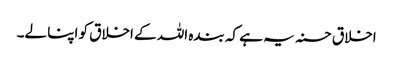
اخلاق حسنہ یہ ہے کہ بندہ اللہ کے اخلاق کو اپنا لے۔